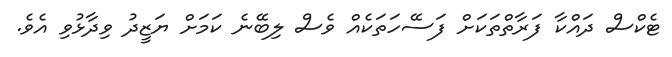
ޓެކްސް ދައްކާ ފަރާތްތަކަށް ފަސޭހަތަކެއް ވެސް ލިބޭނެ ކަމަށް ޔަޒީދު ވިދާޅުވި އެވެ.